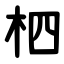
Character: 柶